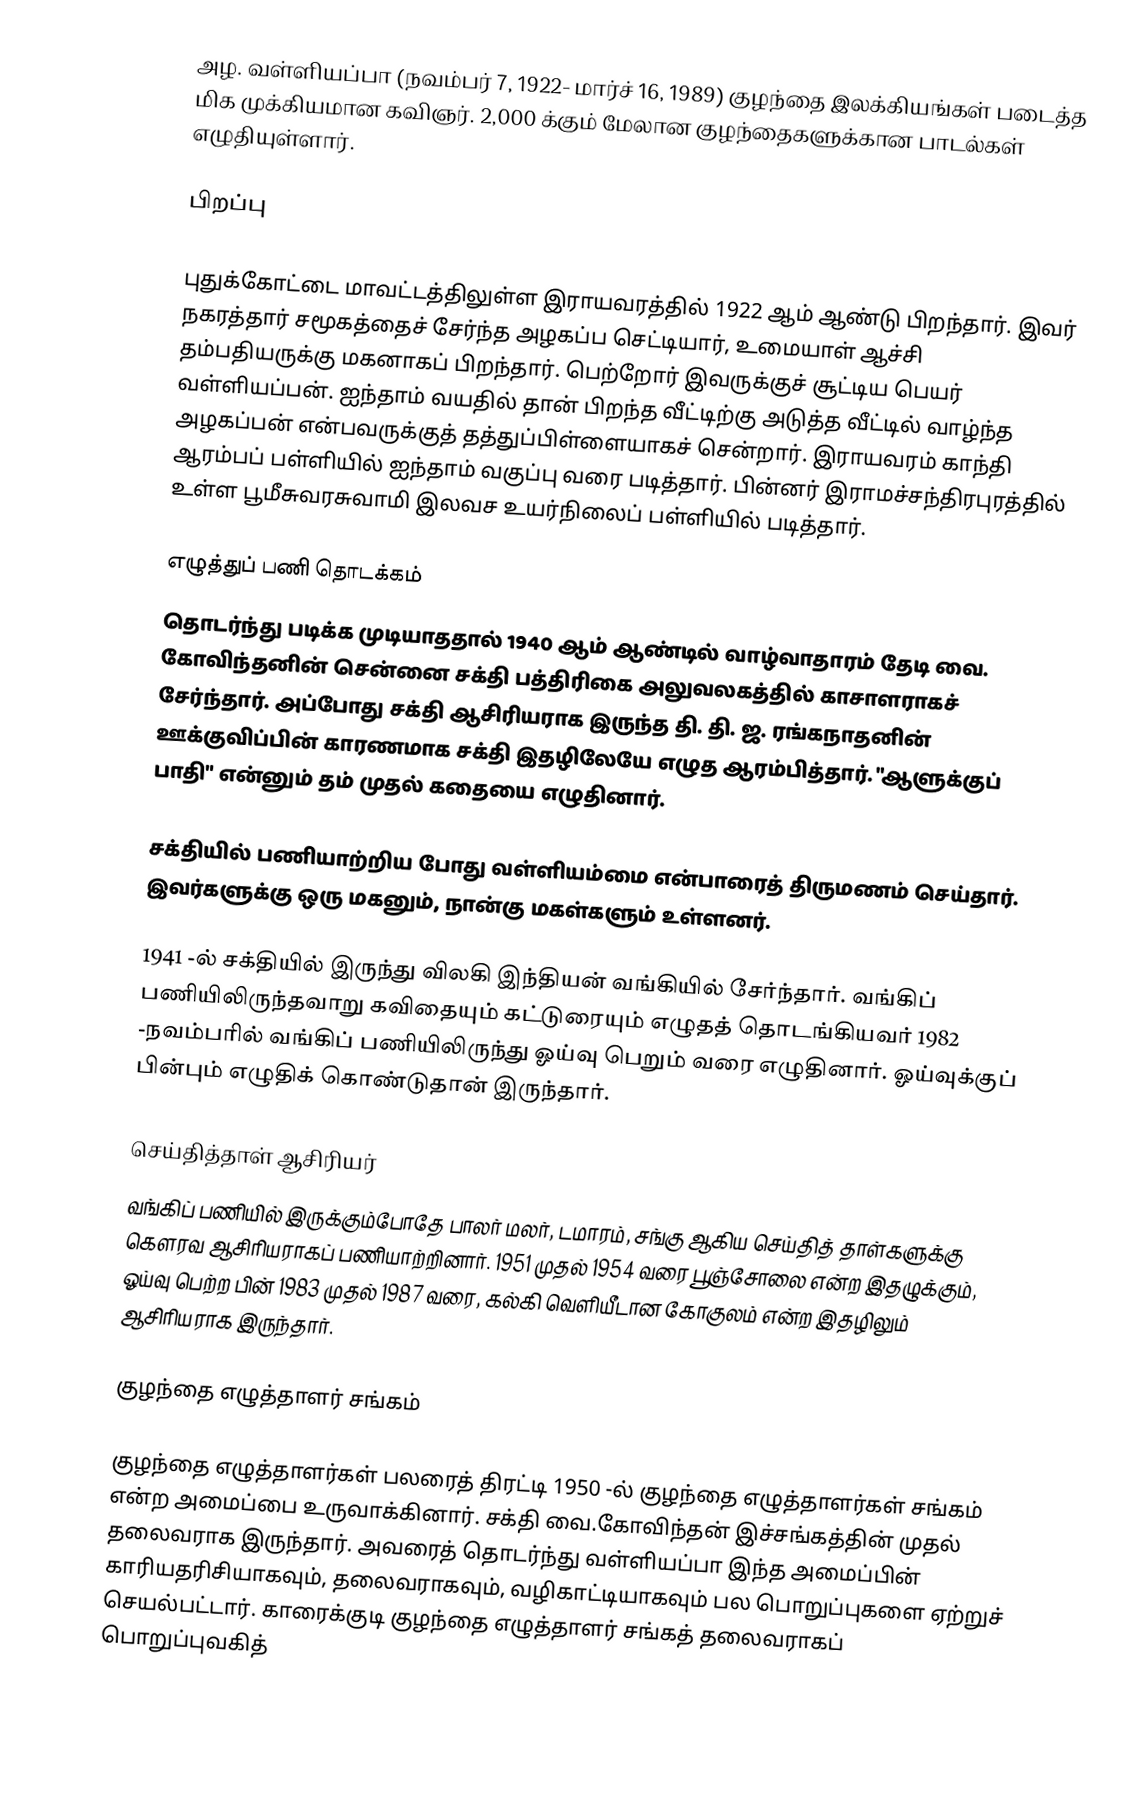
அழ. வள்ளியப்பா (நவம்பர் 7, 1922- மார்ச் 16, 1989) குழந்தை இலக்கியங்கள் படைத்த மிக முக்கியமான கவிஞர். 2,000 க்கும் மேலான குழந்தைகளுக்கான பாடல்கள் எழுதியுள்ளார்.

பிறப்பு

புதுக்கோட்டை மாவட்டத்திலுள்ள இராயவரத்தில் 1922 ஆம் ஆண்டு பிறந்தார். இவர் நகரத்தார் சமூகத்தைச் சேர்ந்த அழகப்ப செட்டியார், உமையாள் ஆச்சி தம்பதியருக்கு மகனாகப் பிறந்தார். பெற்றோர் இவருக்குச் சூட்டிய பெயர் வள்ளியப்பன். ஐந்தாம் வயதில் தான் பிறந்த வீட்டிற்கு அடுத்த வீட்டில் வாழ்ந்த அழகப்பன் என்பவருக்குத் தத்துப்பிள்ளையாகச் சென்றார்.  இராயவரம் காந்தி ஆரம்பப் பள்ளியில் ஐந்தாம் வகுப்பு வரை படித்தார். பின்னர் இராமச்சந்திரபுரத்தில் உள்ள பூமீசுவரசுவாமி இலவச உயர்நிலைப் பள்ளியில் படித்தார்.

எழுத்துப் பணி தொடக்கம்
தொடர்ந்து படிக்க முடியாததால் 1940 ஆம் ஆண்டில் வாழ்வாதாரம் தேடி வை. கோவிந்தனின் சென்னை சக்தி பத்திரிகை அலுவலகத்தில் காசாளராகச் சேர்ந்தார். அப்போது சக்தி ஆசிரியராக இருந்த தி. தி. ஜ. ரங்கநாதனின் ஊக்குவிப்பின் காரணமாக சக்தி இதழிலேயே எழுத ஆரம்பித்தார். "ஆளுக்குப் பாதி" என்னும் தம் முதல் கதையை எழுதினார்.

சக்தியில் பணியாற்றிய போது வள்ளியம்மை என்பாரைத் திருமணம் செய்தார். இவர்களுக்கு ஒரு மகனும், நான்கு மகள்களும் உள்ளனர்.

1941 -ல் சக்தியில் இருந்து விலகி இந்தியன் வங்கியில் சேர்ந்தார்.  வங்கிப் பணியிலிருந்தவாறு கவிதையும் கட்டுரையும் எழுதத் தொடங்கியவர் 1982 -நவம்பரில் வங்கிப் பணியிலிருந்து ஓய்வு பெறும் வரை எழுதினார். ஓய்வுக்குப் பின்பும் எழுதிக் கொண்டுதான் இருந்தார்.

செய்தித்தாள் ஆசிரியர்
வங்கிப் பணியில் இருக்கும்போதே பாலர் மலர், டமாரம், சங்கு ஆகிய செய்தித் தாள்களுக்கு கௌரவ ஆசிரியராகப் பணியாற்றினார். 1951 முதல் 1954 வரை பூஞ்சோலை என்ற இதழுக்கும், ஓய்வு பெற்ற பின் 1983 முதல் 1987 வரை, கல்கி வெளியீடான கோகுலம் என்ற இதழிலும் ஆசிரியராக இருந்தார்.

குழந்தை எழுத்தாளர் சங்கம்

குழந்தை எழுத்தாளர்கள் பலரைத் திரட்டி 1950 -ல் குழந்தை எழுத்தாளர்கள் சங்கம் என்ற அமைப்பை உருவாக்கினார். சக்தி வை.கோவிந்தன் இச்சங்கத்தின் முதல் தலைவராக இருந்தார். அவரைத் தொடர்ந்து வள்ளியப்பா இந்த அமைப்பின் காரியதரிசியாகவும், தலைவராகவும், வழிகாட்டியாகவும் பல பொறுப்புகளை ஏற்றுச் செயல்பட்டார். காரைக்குடி குழந்தை எழுத்தாளர் சங்கத் தலைவராகப் பொறுப்புவகித்